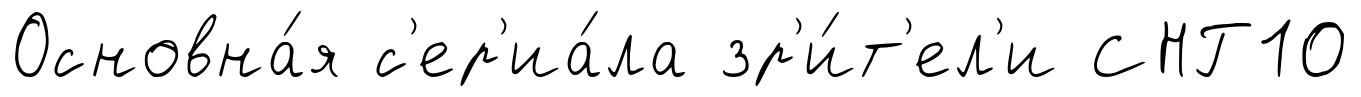
Основна́я с'ер'иа́ла зр'и́т'ел'и СНГ10